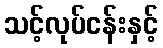
သင့်လုပ်ငန်းနှင့်